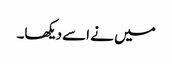
میں نے اسے دیکھا۔